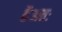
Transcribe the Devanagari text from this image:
हैअतः